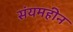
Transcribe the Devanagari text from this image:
संयमहीन